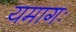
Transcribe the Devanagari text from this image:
यमागः